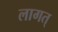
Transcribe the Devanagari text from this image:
लागत्